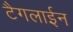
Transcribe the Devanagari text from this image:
टैगलाईन